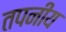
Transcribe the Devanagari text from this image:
तपनीय